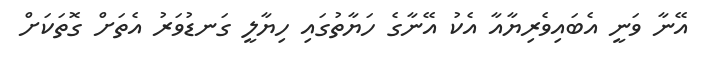
އޭނާ ވަނީ އެބައިވެރިޔާއާ އެކު އޭނާގެ ހަޔާތުގައި ހިޔާލީ ގަނޑުވަރު އެތަށް ގޮތަކަށް